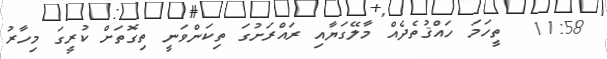
11:58  ތީހަމަ ހައްޤުތެދެއް މާލޭގަޔާއި ރައްރަށުގަ ތިކަންވަނީ ތިގޮތަށް ކުރީގަ މިހާރު